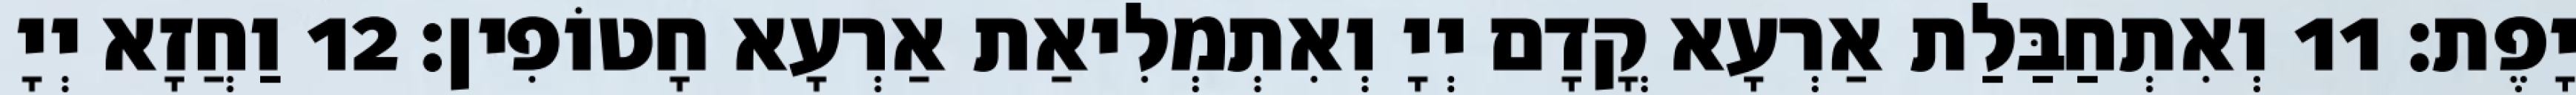
יָפֶת׃ 11 וְאִתְחַבַּלַת אַרְעָא קֳדָם יְיָ וְאִתְמְלִיאַת אַרְעָא חָטוֹפִין׃ 12 וַחֲזָא יְיָ